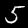
Digit: 5